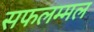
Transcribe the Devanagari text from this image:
सफलम्मल